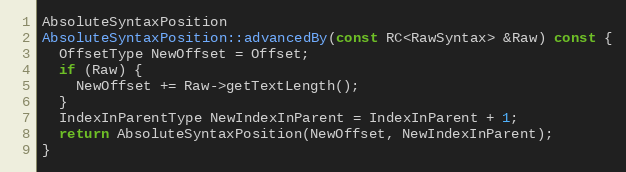
Language: C++
AbsoluteSyntaxPosition
AbsoluteSyntaxPosition::advancedBy(const RC<RawSyntax> &Raw) const {
  OffsetType NewOffset = Offset;
  if (Raw) {
    NewOffset += Raw->getTextLength();
  }
  IndexInParentType NewIndexInParent = IndexInParent + 1;
  return AbsoluteSyntaxPosition(NewOffset, NewIndexInParent);
}